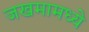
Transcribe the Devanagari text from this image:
जखमामध्ये